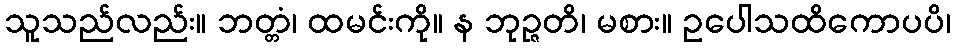
သူသည်လည်း။ ဘတ္တံ၊ ထမင်းကို။ န ဘုဉ္ဇတိ၊ မစား။ ဥပေါသထိကောပပိ၊